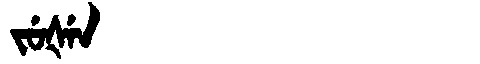
Manchu: ᠵᡠᡧᡝᠨ
Romanization: JUŠEN